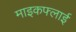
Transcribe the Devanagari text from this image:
माइकफ्लाई